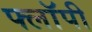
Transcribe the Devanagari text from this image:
फ्लाॅपी